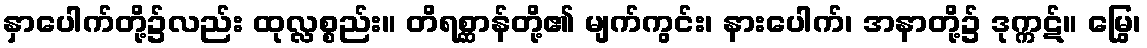
နှာပေါက်တို့၌လည်း ထုလ္လစ္စည်း။ တိရစ္ဆာန်တို့၏ မျက်ကွင်း၊ နားပေါက်၊ အနာတို့၌ ဒုက္ကဋ်။ မြွေ၊